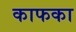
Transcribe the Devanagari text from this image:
काफका